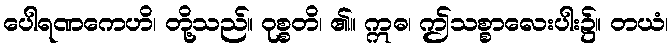
ပေါရဏကေဟိ၊ တို့သည်။ ဝုစ္စတိ၊ ၏။ ဣဓ၊ ဤသစ္စာလေးပါး၌။ တယံ၊